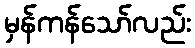
မှန်ကန်သော်လည်း